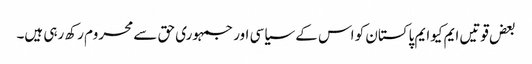
بعض قوتیں ایم کیوایم پاکستان کو اس کے سیاسی اور جمہوری حق سے محروم رکھ رہی ہیں۔